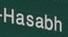
hasabh